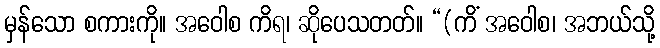
မှန်သော စကားကို။ အဝေါစ ကိရ၊ ဆိုပေသတတ်။ “(ကိံ အဝေါစ၊ အဘယ်သို့